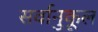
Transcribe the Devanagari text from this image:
सर्वानुकूल